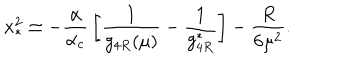
x _ { \ast } ^ { 2 } \simeq - { \frac { \alpha } { \alpha _ { c } } } \left[ { \frac { 1 } { g _ { 4 R } ( \mu ) } } - { \frac { 1 } { g _ { 4 R } ^ { \ast } } } \right] - { \frac { R } { 6 \mu ^ { 2 } } } .